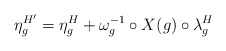
\begin{align*}\eta^{H'}_g = \eta^H_g + \omega_g^{-1} \circ X(g) \circ \lambda^H_g\end{align*}